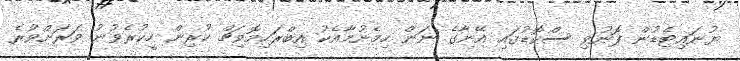
ޔުނައިޓެޑުން ފޮނުވި ސްކޮޑުގައި އޭނާގެ ނަން ހިމެނުމާއެކު އިބްރަހިމޮވިޗް ކުރިން ހީކުރެވުނު ވަރަށްވުރެ